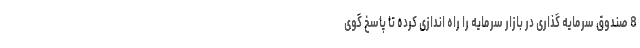
8 صندوق سرمایه گذاری در بازار سرمایه را راه اندازی کرده تا پاسخ گوی